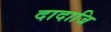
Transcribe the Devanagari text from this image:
दादाजि